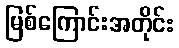
မြစ်ကြောင်းအတိုင်း